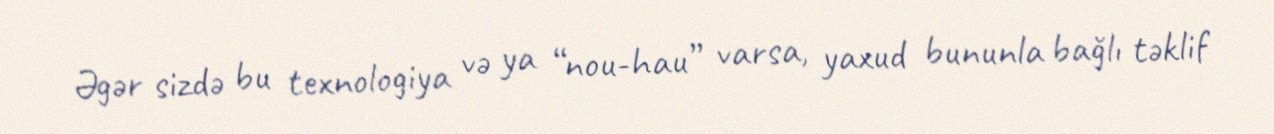
Əgər sizdə bu texnologiya və ya “nou-hau” varsa, yaxud bununla bağlı təklif